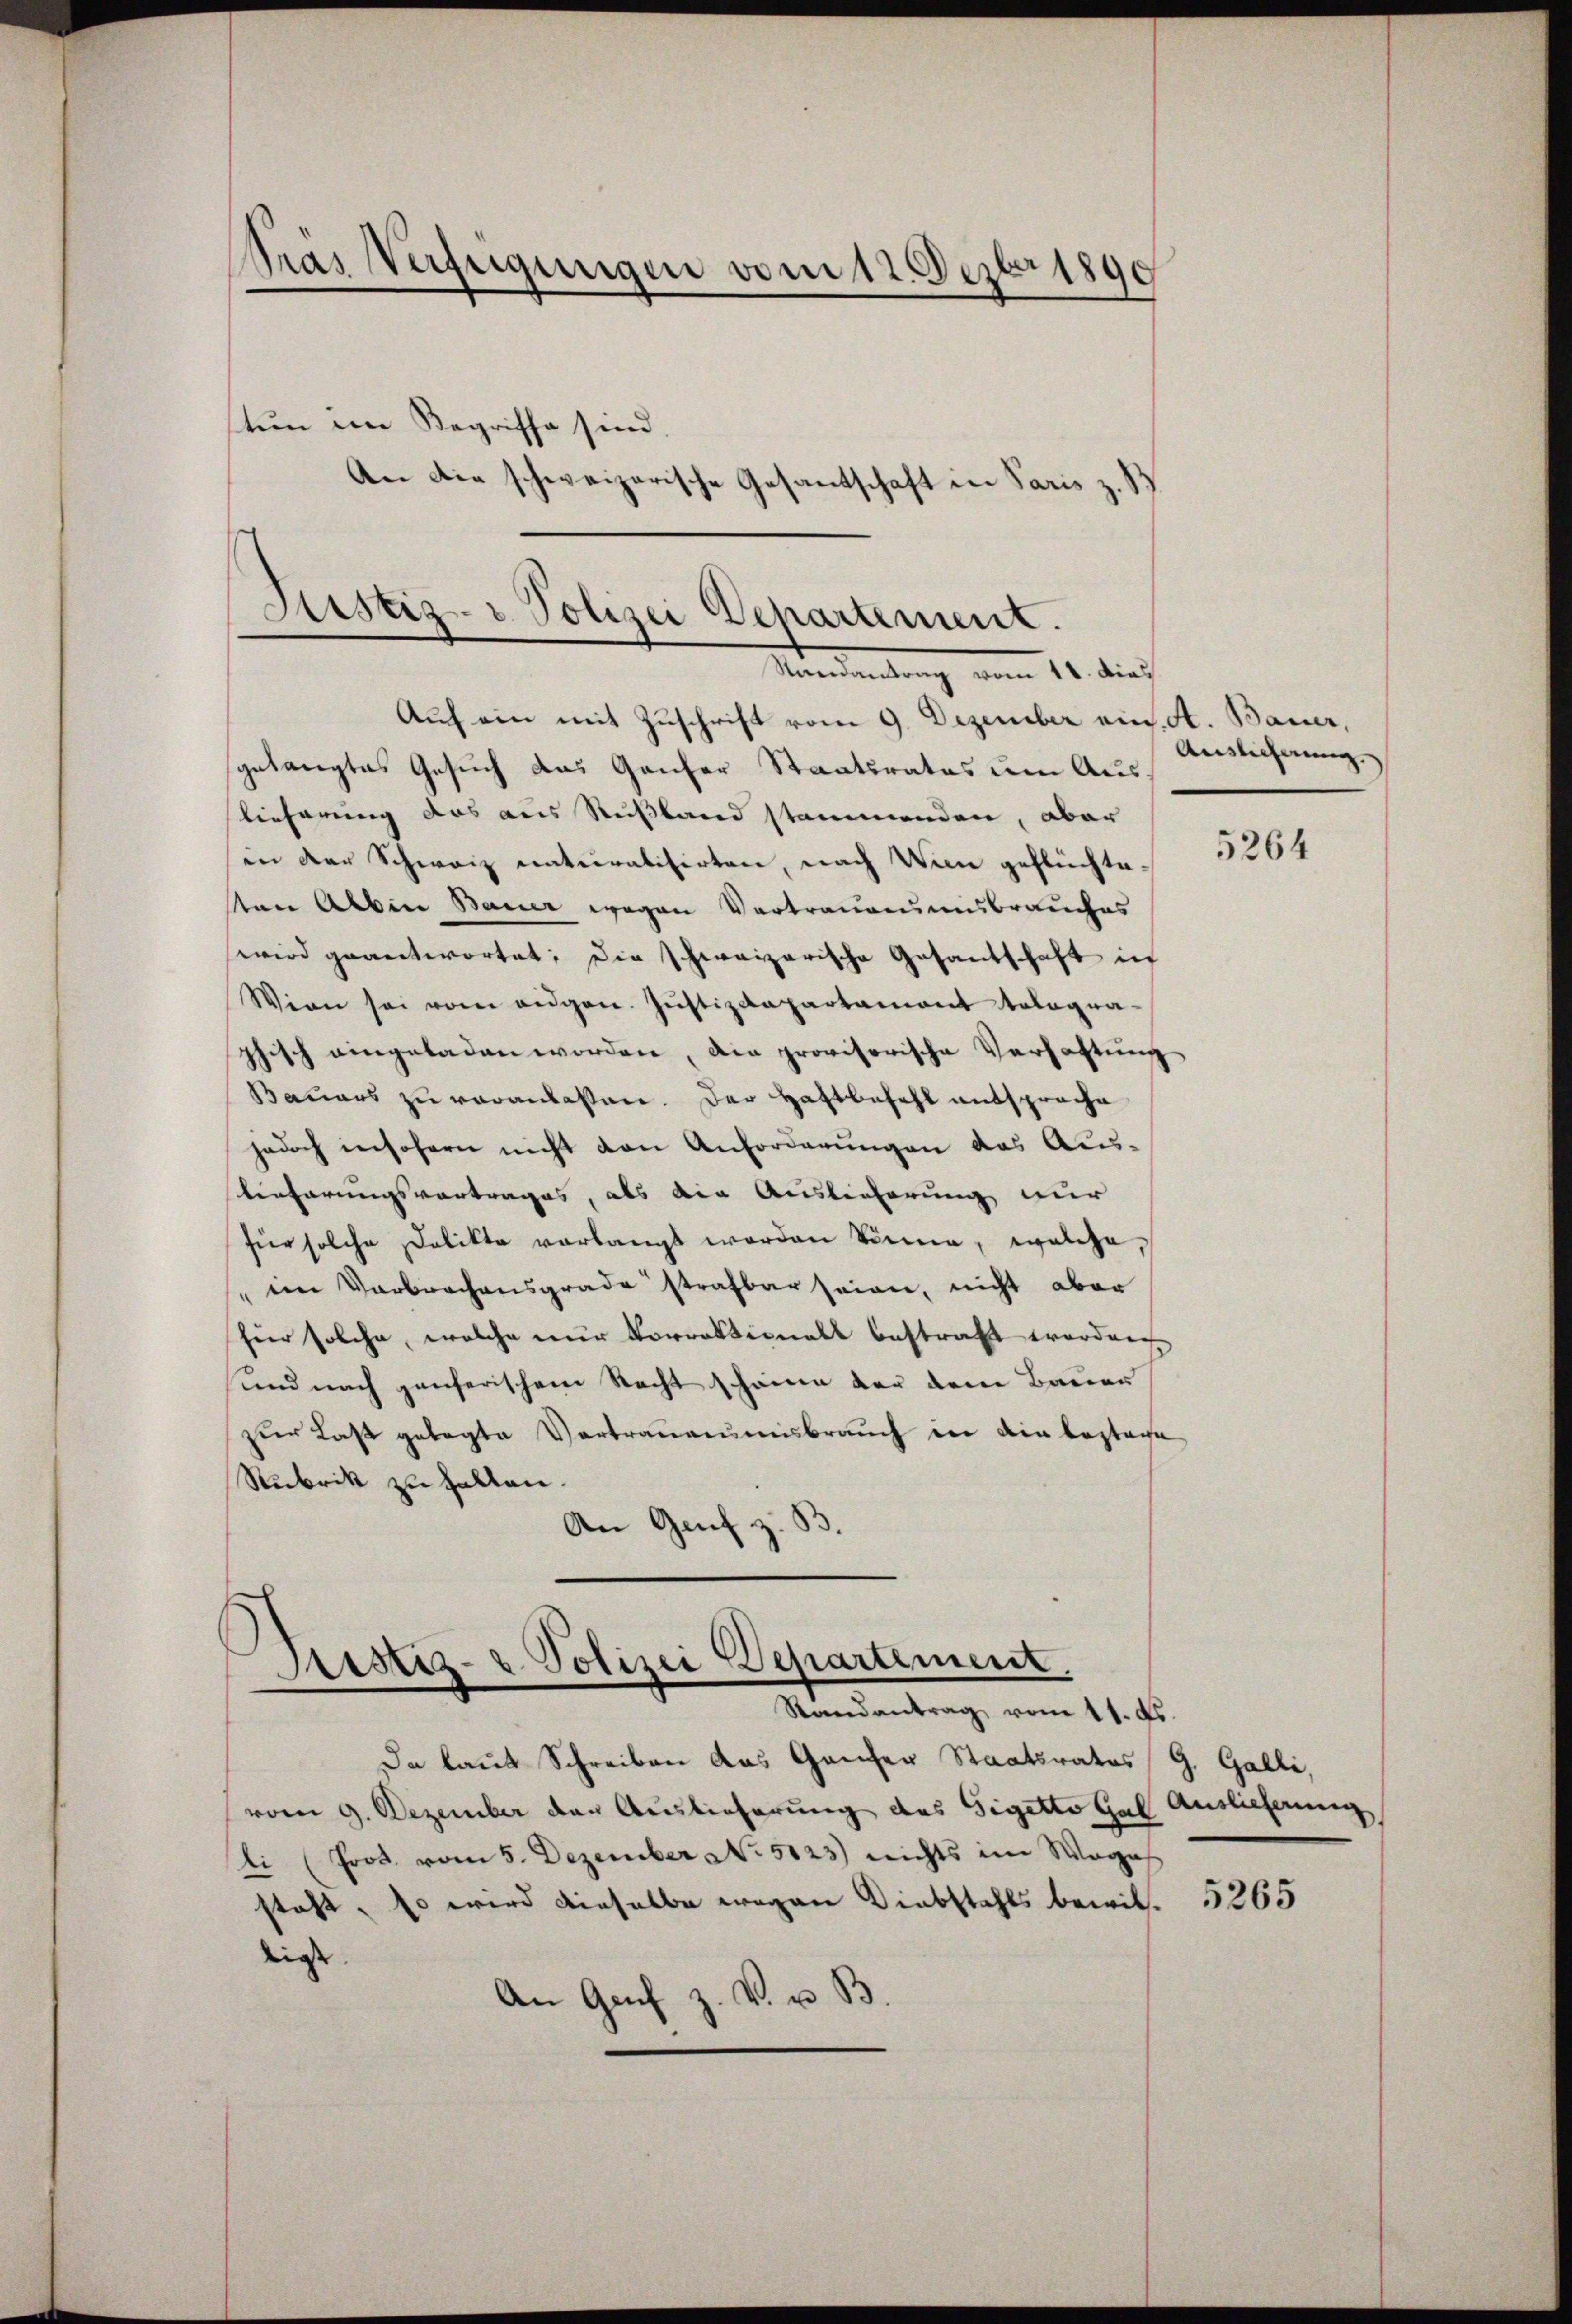
Gras Verfügungen vom 12. Dezbr 1890
tun eine Begriffe sind.
An die schweizerische Gesantschaft in Paris z. B.

Justiz- & Polizei Departement.
Mandantung vom 11. dies

Auch ein mit Zuschrift vom 9. Dezember ein. A. Bauer,
gelangtes Gesuch das Ganzer Staatsrates um Aus
lieferung das aus Russland stammenden, aber
in der Schweiz naturalisirten, nach Wien geflüchtesten Alben Bauer wegen Vertrauamnnsbrauches
wird geantwortet; die schweizerische Gesantschaft in
Wien sei vom aŭgen. Jŭstizdepartament tologra-
phisch eingeladen worden, die provisorische Verhaftung
Bauars zu veranlassen. Der Haftbefehl entsproche
jedoch insofern nicht den Anforderungen das Aus-
Verhörungsvortrages, als die Auslieferung nur
für solche Delikte verlangt worden könne, welche,
im Verbrachensgrade strafbar seien, nicht aber
hier solche, welche nur Vorrektionalt bestraft worden
und nach ganzerischem Recht schönen der dem Bauer
zur Last gelegte Vertrauermisbrauch in die Captage
Rubrik zu halten.
An Genf z. B.

Sistiz- & Polizei Departement,

Auslicherung.

Randantrag vom 11. ds.
Da laut Schreiben das Ganzer Staatsrates G. Galli,
vom 9. Dezember den Auslieferung des Sigetto Gal
li (Prot vom 5. Dezember No 5123) nichts im Weges
steht, so wird dieselbe wegen Diebstahls bewill. 3265
liess.
An Genf z. v. u. B.

5264

Auslieferung